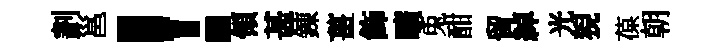
劃邕！領甚錬薑飾曠兎酣留綽光猊葆朝